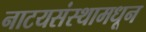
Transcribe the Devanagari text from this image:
नाटयसंस्थामधून